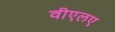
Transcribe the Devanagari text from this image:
वीएलए